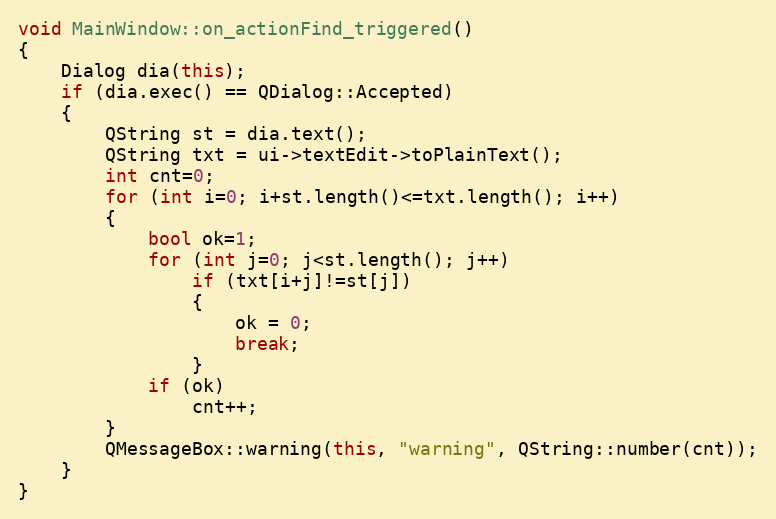
Language: C++
void MainWindow::on_actionFind_triggered()
{
    Dialog dia(this);
    if (dia.exec() == QDialog::Accepted)
    {
        QString st = dia.text();
        QString txt = ui->textEdit->toPlainText();
        int cnt=0;
        for (int i=0; i+st.length()<=txt.length(); i++)
        {
            bool ok=1;
            for (int j=0; j<st.length(); j++)
                if (txt[i+j]!=st[j])
                {
                    ok = 0;
                    break;
                }
            if (ok)
                cnt++;
        }
        QMessageBox::warning(this, "warning", QString::number(cnt));
    }
}